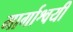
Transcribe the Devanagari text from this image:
मार्गाश्वयी